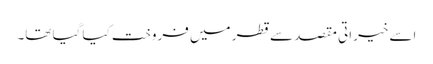
اسے خیراتی مقصد سے قطر میں فروخت کیا گیا تھا۔